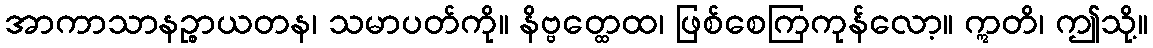
အာကာသာနဉ္စာယတန၊ သမာပတ်ကို။ နိဗ္ဗတ္ထေထ၊ ဖြစ်စေကြကုန်လော့။ ဣတိ၊ ဤသို့။